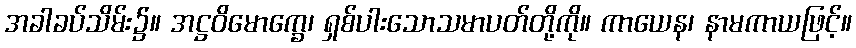
အခါခပ်သိမ်း၌။ အဋ္ဌဝိမောက္ခေ၊ ရှစ်ပါးသောသမာပတ်တို့ကို။ ကာယေန၊ နာမကာယဖြင့်။